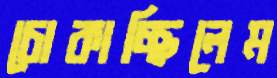
চোকাচ্ছিলেম